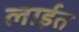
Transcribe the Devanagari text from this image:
लाईत